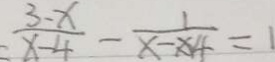
= \frac { 3 - x } { x - 4 } - \frac { 1 } { x - x 4 } = 1